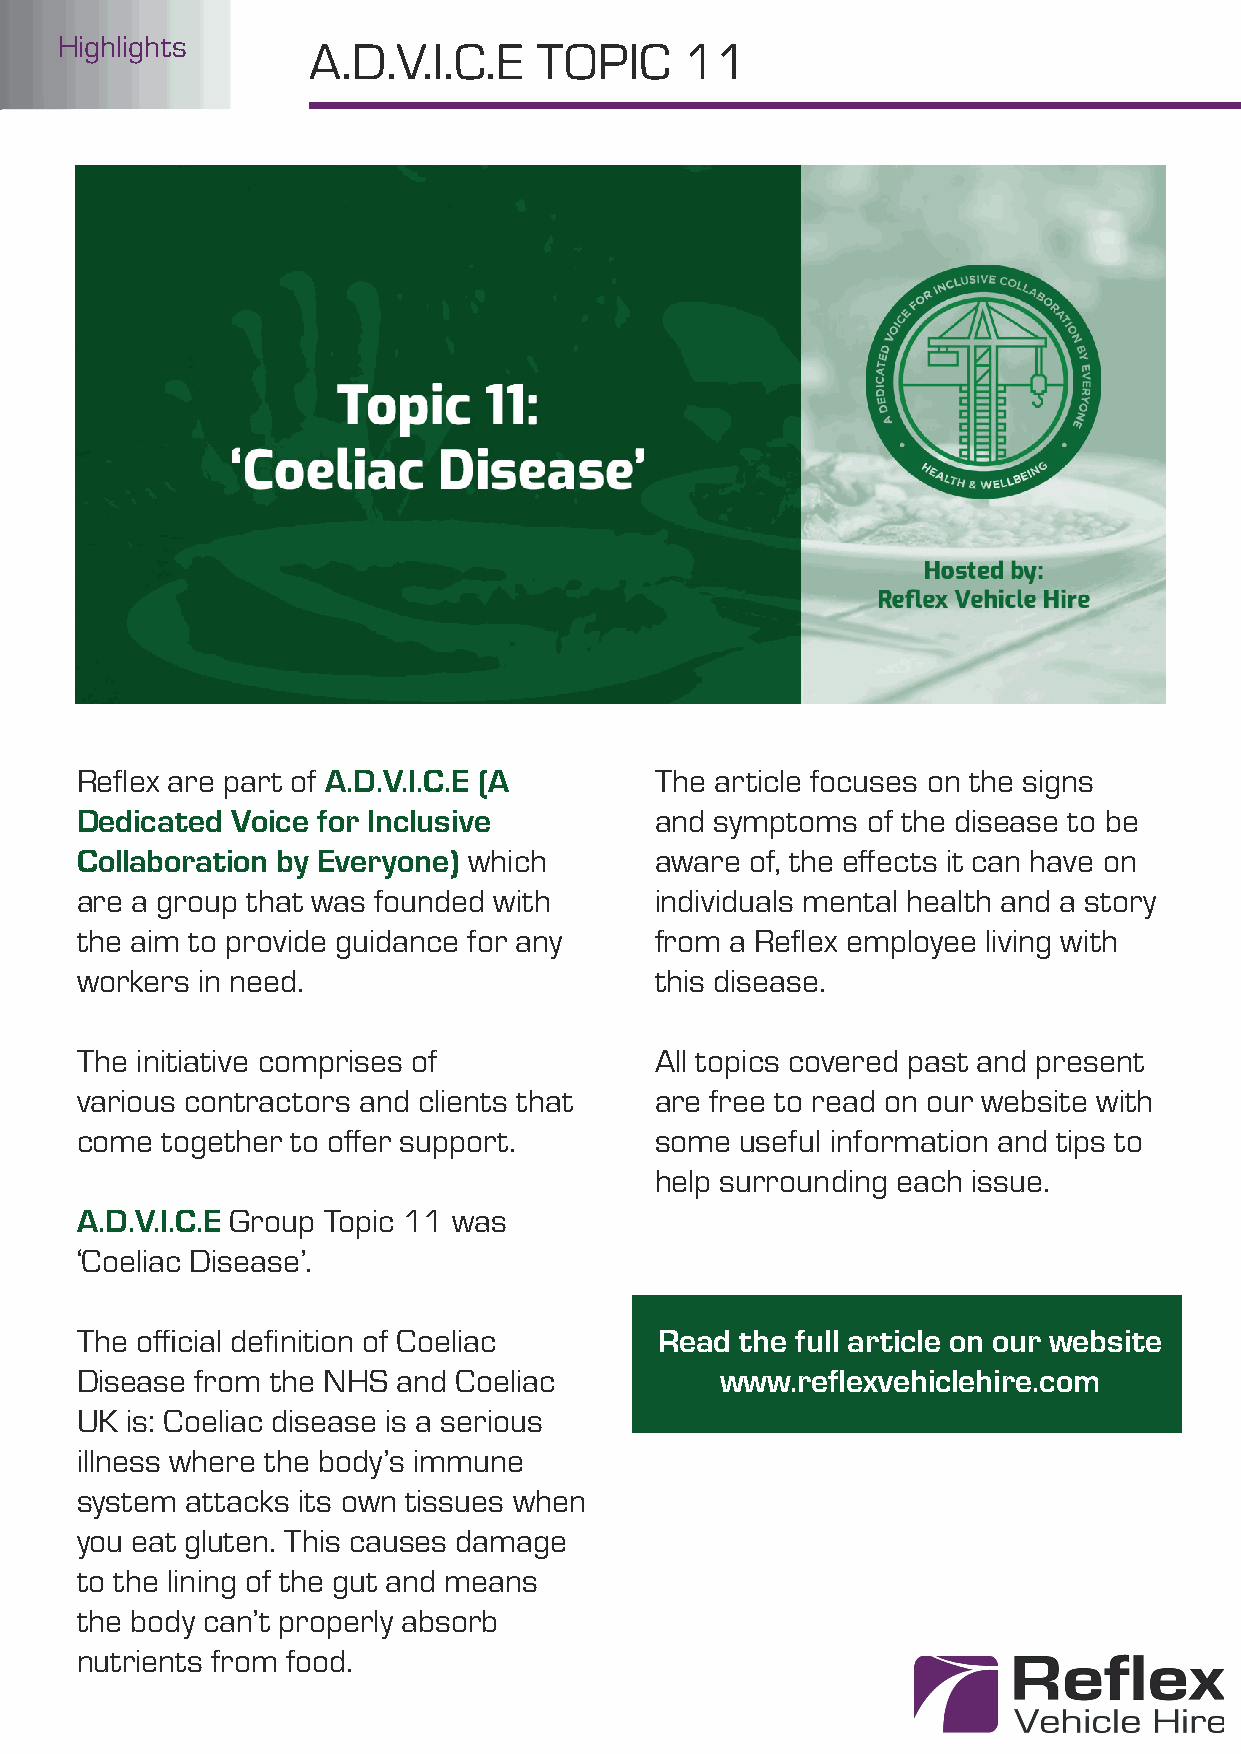
IN THE OFFICE Highlights A.D.V.I.C.E TOPIC   11
 Refl ex are part of A.D.V.I.C.E (A    The article focuses on the signs
 Dedicated Voice for Inclusive         and symptoms  of the disease to be
 Collaboration by Everyone) which      aware  of, the eff ects it can have on
 are a group that was founded with     individuals mental health and a story
 the aim to provide guidance for any   from a Refl ex employee living with
 workers in need.                      this disease.
 The initiative comprises of           All topics covered past and present
 various contractors and clients that  are free to read on our website with
 come  together to off er support.     some  useful information and tips to
 help surrounding each issue.
 A.D.V.I.C.E Group Topic 11 was
 ‘Coeliac Disease’.
 The offi cial defi nition of Coeliac   Read the full article on our website
 Disease from the NHS and Coeliac           www.refl exvehiclehire.com
 UK is: Coeliac disease is a serious
 illness where the body’s immune
 system attacks its own tissues when
 you eat gluten. This causes damage
 to the lining of the gut and means
 the body can’t properly absorb
 nutrients from food.